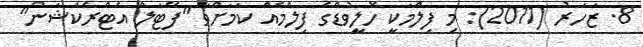
8. ޒަހަރު (2011): މި ފިލްމަކީ ހޮލީވުޑްގެ ފިލްމެއް ކަމަށްވާ "ފޭޓަލް އެޓްރެކްޝަން"